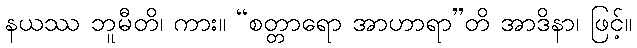
နယဿ ဘူမီတိ၊ ကား။ “စတ္တာရော အာဟာရာ”တိ အာဒိနာ၊ ဖြင့်။